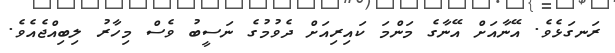
ރަނގަޅެވެ. އޭނާއަށް އޭނާގެ މަންމަ ކައިރިއަށް ދެވުމުގެ ނަސީބު ވެސް މިހާރު ލިބިއްޖެއެވެ.